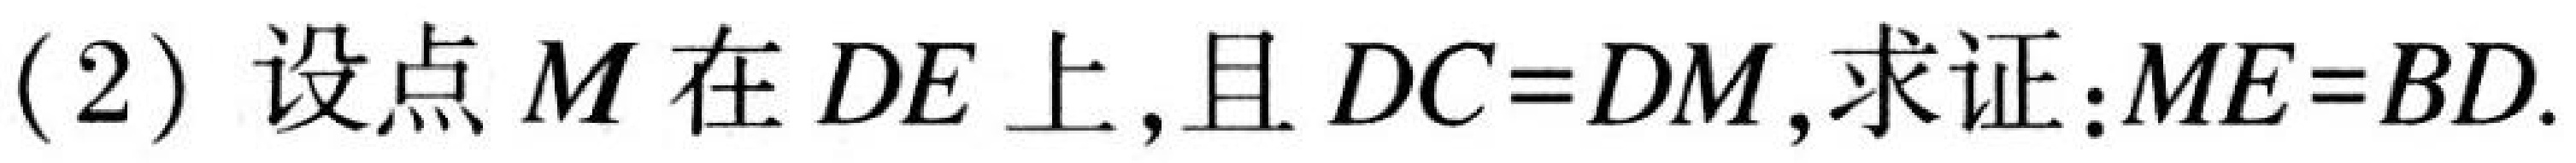
(2) 设点$M$在$DE$上，且$DC = DM$，求证：$ME = BD$.